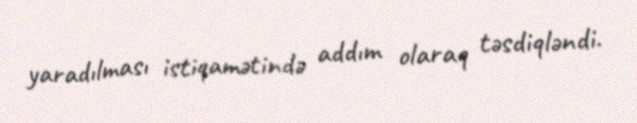
yaradılması istiqamətində addım olaraq təsdiqləndi.